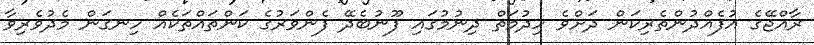
ރާއްޖޭގެ އުފެއްދުންތެރިކަން ދަށްވެ ހިދުމަތް ދިނުމުގައި ފޫނުބެދޭ ފެންވަރުގެ ކަންތައްތަކެއް ހިނގަން މެދުވެރިވާ